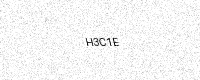
Text: H3C1E